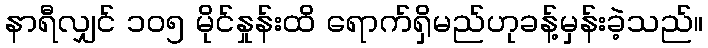
နာရီလျှင် ၁၀၅ မိုင်နှုန်းထိ ရောက်ရှိမည်ဟုခန့်မှန်းခဲ့သည်။